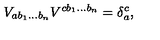
V _ { a b _ { 1 } \ldots b _ { n } } V ^ { c b _ { 1 } \ldots b _ { n } } = \delta _ { a } ^ { c } ,